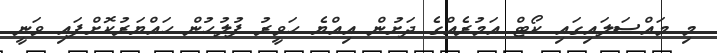
މި މައްސަލައިގައި ކޯޓް އަމުރެއްގެ ދަށުން އިއްޔެ ހަވީރު ފުލުހުން ހައްޔަރުކޮށްފައި ވަނީ